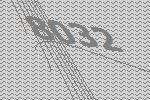
8032